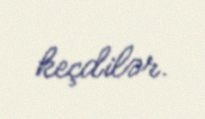
keçdilər.